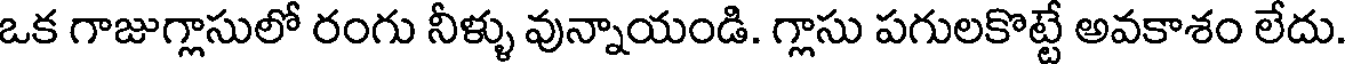
ఒక గాజుగ్లాసులో రంగు నీళ్ళు వున్నాయండి. గ్లాసు పగులకొట్టే అవకాశం లేదు.